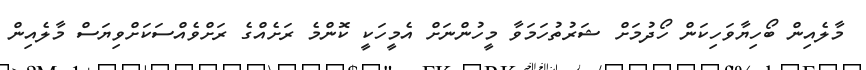
މާލެއިން ބޯހިޔާވަހިކަން ހޯދުމަށް ޝަރުތުހަމަވާ މީހުންނަށް އެމީހަކީ ކޮންމެ ރަށެއްގެ ރަށްވެއްސަކަށްވިޔަސް މާލެއިން